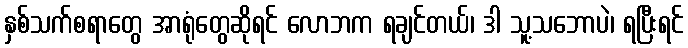
နှစ်သက်စရာတွေ အာရုံတွေဆိုရင် လောဘက ရချင်တယ်၊ ဒါ သူ့သဘောပဲ၊ ရပြီးရင်